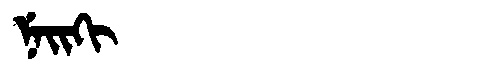
Manchu: ᠨᡝᡳᡴᡳ
Romanization: NEIKI